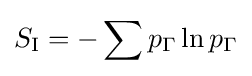
S_{\text{I}}=-\sum p_{\Gamma }\ln p_{\Gamma }